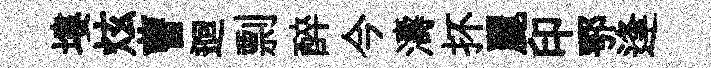
塿炫曹迴剽醉今濤抔麗印鄂逢